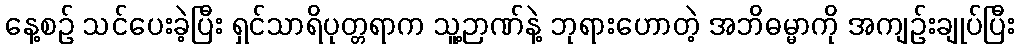
နေ့စဉ် သင်ပေးခဲ့ပြီး ရှင်သာရိပုတ္တရာက သူ့ဉာဏ်နဲ့ ဘုရားဟောတဲ့ အဘိဓမ္မာကို အကျဉ်းချုပ်ပြီး